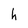
Character: h